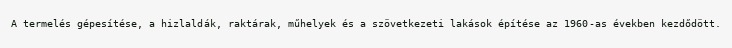
A termelés gépesítése, a hizlaldák, raktárak, műhelyek és a szövetkezeti lakások építése az 1960-as években kezdődött.